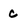
Character: c